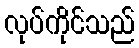
လုပ်ကိုင်သည်